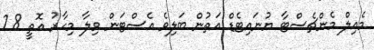
މެއިލް މެންޗެސްޓާ ޔުނައިޓެޑް އަތުން ބަލިވެ އެސްޓަން ވިލާ މިހާރު އޮތީ 28